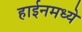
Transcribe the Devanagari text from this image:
हाईनमध्ये